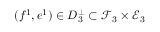
( f ^ { 1 } , e ^ { 1 } ) \in D _ { 3 } ^ { \bot } \subset \mathcal { F } _ { 3 } \times \mathcal { E } _ { 3 }